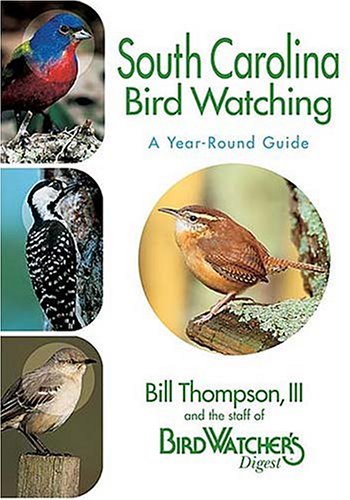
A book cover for South Carolina Bird Watching: A Year-Round Guide; Bill Thompson III; Travel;